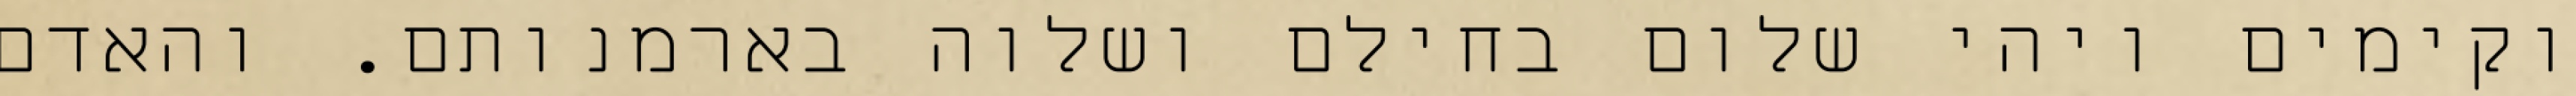
וקימים ויהי שלום בחילם ושלוה בארמנותם. והאדם